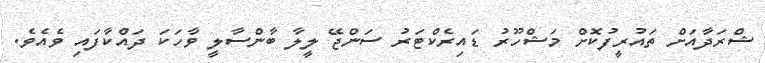
ޝްރަދާއަށް ތައުރީފުކޮށް މަޝްހޫރު ޑައިރެކްޓަރު ސަންޖޭ ލީލާ ބާންސާލީ ވާހަކަ ދައްކާފައި ވެއެވެ.